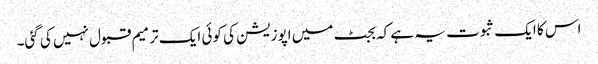
اس کا ایک ثبوت یہ ہے کہ بجٹ میں اپوزیشن کی کوئی ایک ترمیم قبول نہیں کی گئی۔